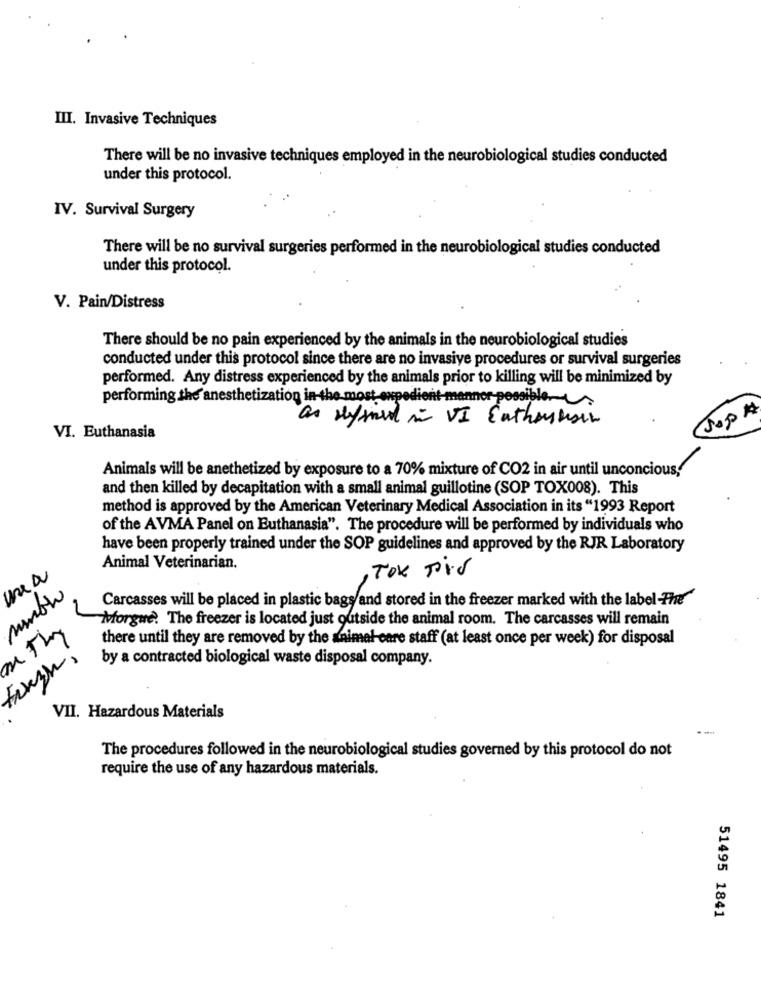
III. Invasive Techniques
There will be no invasive techniques employed in the neurobiological studies conducted
under this protocol.
IV. Survival Surgery
There will be no survival surgeries performed in the neurobiological studies conducted
under this protocol.
V. Pain/Distress
There should be no pain experienced by the animals in the neurobiological studies
conducted under this protocol since there are no invasive procedures or survival surgeries
performed. Any distress experienced by the animals prior to killing will be minimized by
performing the anesthetization in the most expedient-manner possible
JOP #
as Heyward in VI Enthousesin
VI. Euthanasia
Animals will be anethetized by exposure to a 70% mixture of CO2 in air until unconcious.
and then killed by decapitation with a small animal guillotine (SOP TOX008). This
method is approved by the American Veterinary Medical Association in its "1993 Report
of the AVMA Panel on Euthanasia". The procedure will be performed by individuals who
have been properly trained under the SOP guidelines and approved by the RJR Laboratory
Animal Veterinarian.
TOX TVS
une a
Carcasses will be placed in plastic bags and stored in the freezer marked with the label -The
Mvforgue. The freezer is located just outside the animal room. The carcasses will remain
there until they are removed by the animal care staff (at least once per week) for disposal
by a contracted biological waste disposal company.
VII. Hazardous Materials
The procedures followed in the neurobiological studies governed by this protocol do not
require the use of any hazardous materials.
51495 1841